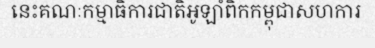
នេះគណៈកម្មាធិការជាតិអូឡាំពិកកម្ពុជាសហការ